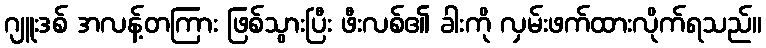
ဂျူးဒစ် အလန့်တကြား ဖြစ်သွားပြီး ဖီးလစ်၏ ခါးကို လှမ်းဖက်ထားလိုက်ရသည်။